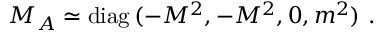
{ \cal M } _ { A } \simeq \mathrm { d i a g } \, ( - M ^ { 2 } , - M ^ { 2 } , 0 , m ^ { 2 } ) \ .